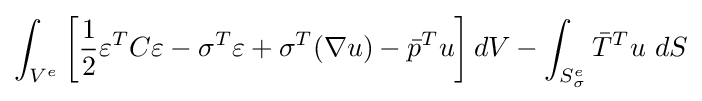
\int _{V^{e}}\left[{\frac {1}{2}}\varepsilon ^{T}C\varepsilon -\sigma ^{T}\varepsilon +\sigma ^{T}(\nabla u)-{\bar {p}}^{T}u\right]dV-\int _{S_{\sigma }^{e}}{\bar {T}}^{T}u\ dS